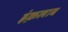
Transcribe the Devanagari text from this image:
इंक़लाब